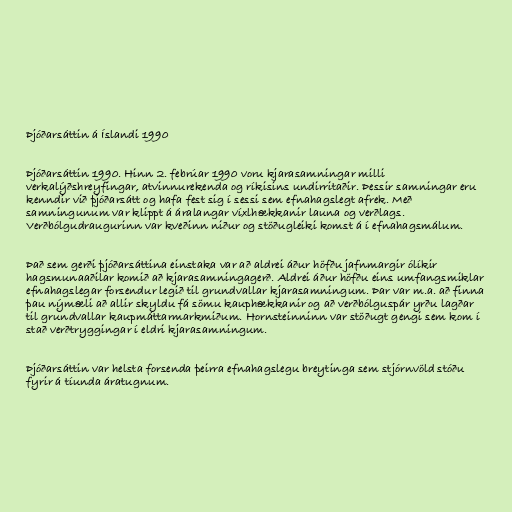
Þjóðarsáttin á Íslandi 1990

Þjóðarsáttin 1990. Hinn 2. febrúar 1990 voru kjarasamningar milli
verkalýðshreyfingar, atvinnurekenda og ríkisins undirritaðir. Þessir samningar eru
kenndir við þjóðarsátt og hafa fest sig í sessi sem efnahagslegt afrek. Með
samningunum var klippt á áralangar víxlhækkanir launa og verðlags.
Verðbólgudraugurinn var kveðinn niður og stöðugleiki komst á í efnahagsmálum.

Það sem gerði þjóðarsáttina einstaka var að aldrei áður höfðu jafnmargir ólíkir
hagsmunaaðilar komið að kjarasamningagerð. Aldrei áður höfðu eins umfangsmiklar
efnahagslegar forsendur legið til grundvallar kjarasamningum. Þar var m.a. að finna
þau nýmæli að allir skyldu fá sömu kauphækkanir og að verðbólguspár yrðu lagðar
til grundvallar kaupmáttarmarkmiðum. Hornsteinninn var stöðugt gengi sem kom í
stað verðtryggingar í eldri kjarasamningum.

Þjóðarsáttin var helsta forsenda þeirra efnahagslegu breytinga sem stjórnvöld stóðu
fyrir á tíunda áratugnum.